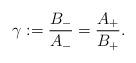
LaTeX: \begin{align*}\gamma:=\frac{B_{-}}{A_{-}}=\frac{A_{+}}{B_{+}}.\end{align*}